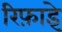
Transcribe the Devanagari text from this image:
रिफ़ाइे